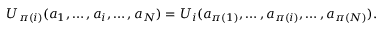
U _ { \pi ( i ) } ( a _ { 1 } , \ldots , a _ { i } , \ldots , a _ { N } ) = U _ { i } ( a _ { \pi ( 1 ) } , \ldots , a _ { \pi ( i ) } , \ldots , a _ { \pi ( N ) } ) .